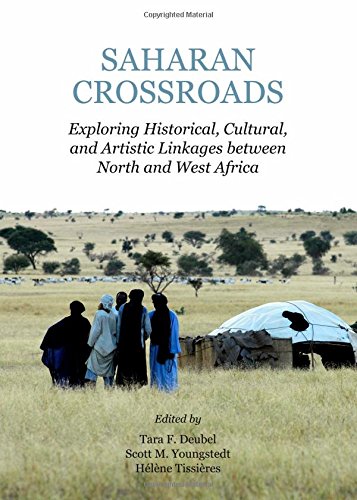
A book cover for Saharan Crossroads: Exploring Historical, Cultural, and Artistic Linkages Between North and West Africa (Multilingual Edition); Tara F. Deubel; Travel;